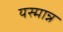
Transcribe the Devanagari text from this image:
यस्मान्न